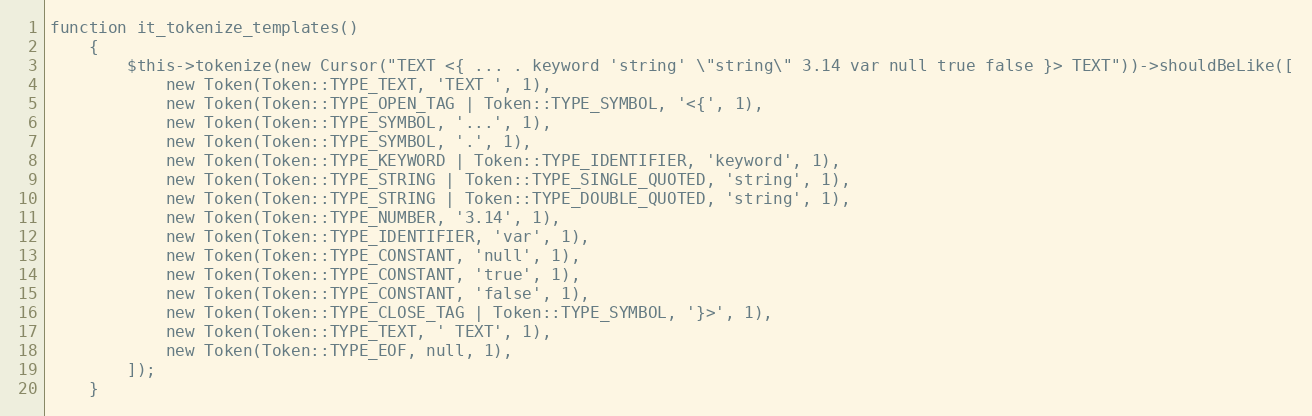
Language: PHP
function it_tokenize_templates()
    {
        $this->tokenize(new Cursor("TEXT <{ ... . keyword 'string' \"string\" 3.14 var null true false }> TEXT"))->shouldBeLike([
            new Token(Token::TYPE_TEXT, 'TEXT ', 1),
            new Token(Token::TYPE_OPEN_TAG | Token::TYPE_SYMBOL, '<{', 1),
            new Token(Token::TYPE_SYMBOL, '...', 1),
            new Token(Token::TYPE_SYMBOL, '.', 1),
            new Token(Token::TYPE_KEYWORD | Token::TYPE_IDENTIFIER, 'keyword', 1),
            new Token(Token::TYPE_STRING | Token::TYPE_SINGLE_QUOTED, 'string', 1),
            new Token(Token::TYPE_STRING | Token::TYPE_DOUBLE_QUOTED, 'string', 1),
            new Token(Token::TYPE_NUMBER, '3.14', 1),
            new Token(Token::TYPE_IDENTIFIER, 'var', 1),
            new Token(Token::TYPE_CONSTANT, 'null', 1),
            new Token(Token::TYPE_CONSTANT, 'true', 1),
            new Token(Token::TYPE_CONSTANT, 'false', 1),
            new Token(Token::TYPE_CLOSE_TAG | Token::TYPE_SYMBOL, '}>', 1),
            new Token(Token::TYPE_TEXT, ' TEXT', 1),
            new Token(Token::TYPE_EOF, null, 1),
        ]);
    }